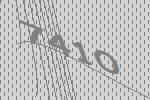
7410